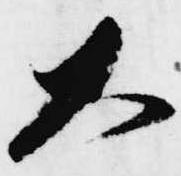
大